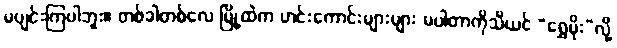
မပျင်းကြပါဘူး။ တစ်ခါတစ်လေ မြို့ထဲက ဟင်းကောင်းများများ မပါတာကိုသိယင် “ရွှေမိုး”လို့